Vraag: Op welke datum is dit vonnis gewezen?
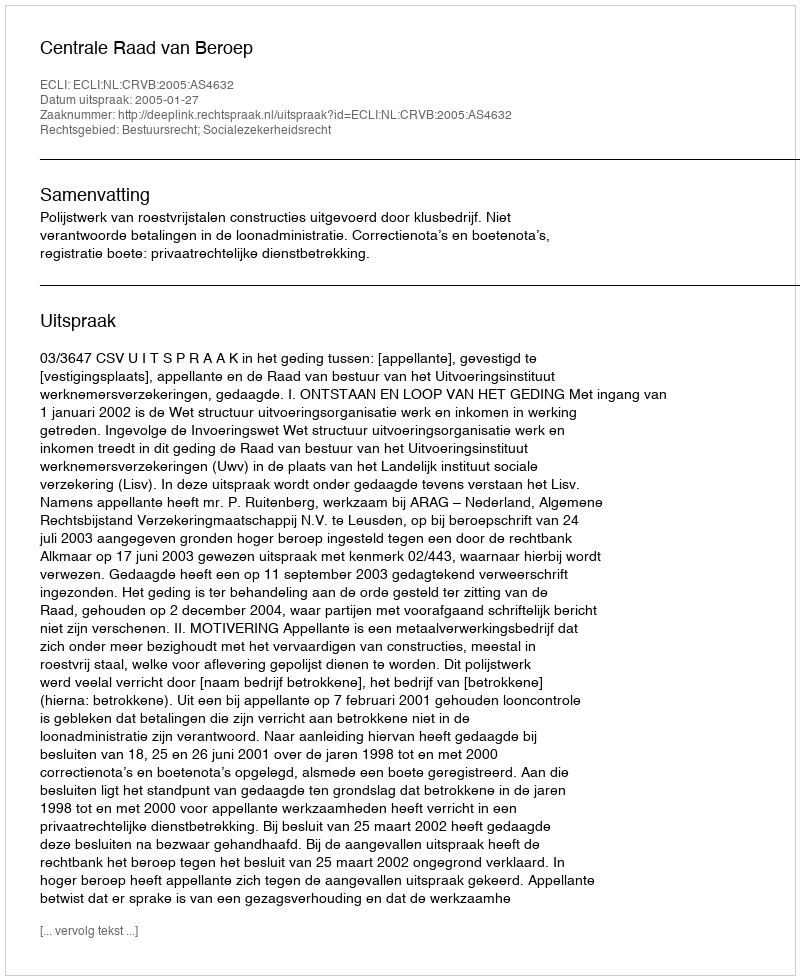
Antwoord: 2005-01-27